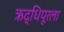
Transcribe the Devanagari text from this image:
ऋद्धिपूरला